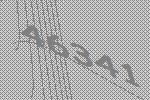
46341